Investigations on Bengal jail dietaries - Number 37
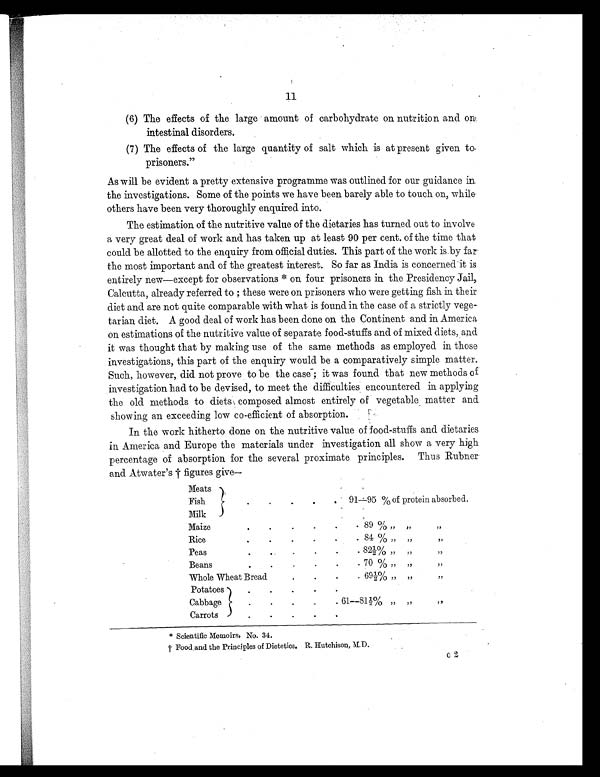
11
(6) The effects of the large amount of carbohydrate on nutrition and on
intestinal disorders.
(7) The effects of the large quantity of salt which is at present given to
prisoners."
As will be evident a pretty extensive programme was outlined for our guidance in
the investigations. Some of the points we have been barely able to touch on, while
others have been very thoroughly enquired into.
The estimation of the nutritive value of the dietaries has turned out to involve
a very great deal of work and has taken up at least 90 per cent. of the time that
could be allotted to the enquiry from official duties. This part of the work is by far
the most important and of the greatest interest. So far as India is concerned it is
entirely new—except for observations * on four prisoners in the Presidency Jail,
Calcutta, already referred to ; these were on prisoners who were getting fish in their
diet and are not quite comparable with what is found in the case of a strictly vege-
tarian diet. A good deal of work has been done on the Continent and in America
on estimations of the nutritive value of separate food-stuffs and of mixed diets, and
it was thought that by making use of the same methods as employed in those
investigations, this part of the enquiry would be a comparatively simple matter.
Such, however, did not prove to be the case; it was found that new methods of
investigation had to be devised, to meet the difficulties encountered in applying
the old methods to diets composed almost entirely of vegetable matter and
showing an exceeding low co-efficient of absorption.
In the work hitherto done on the nutritive value of food-stuffs and dietaries
in America and Europe the materials under investigation all show a very high
percentage of absorption for the several proximate principles. Thus Rubner
and Atwater's † figures give—
Meats
Fish
Milk
.
.
.
.
. 9195 % of protein absorbed.
Maize
.
.
.
.
.
8 9 %"
Rice
.
.
.
.
.
84 % "
"
"
Peas
.
.
.
.
.
82½%" ,,
"
"
Beans
. .
.
.
.
.
70 % ,,
"
"
Whole Wheat Bread
.
.
.
69½% „
"
"
Potatoes
Cabbage
Carrots
.
.
. .
.
.
.
.
.
. 61—81½% "
"
"
.
.
.
.
.
* Scientific Memoirs, No. 34.
† Food and the Principles of Dietetics. R. Hutchison, M. D.
c `, Z